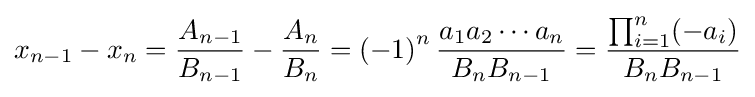
x_{n-1}-x_{n}={\frac {A_{n-1}}{B_{n-1}}}-{\frac {A_{n}}{B_{n}}}=\left(-1\right)^{n}{\frac {a_{1}a_{2}\cdots a_{n}}{B_{n}B_{n-1}}}={\frac {\prod _{i=1}^{n}(-a_{i})}{B_{n}B_{n-1}}}